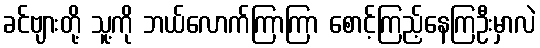
ခင်ဗျားတို့ သူ့ကို ဘယ်လောက်ကြာကြာ စောင့်ကြည့်နေကြဦးမှာလဲ